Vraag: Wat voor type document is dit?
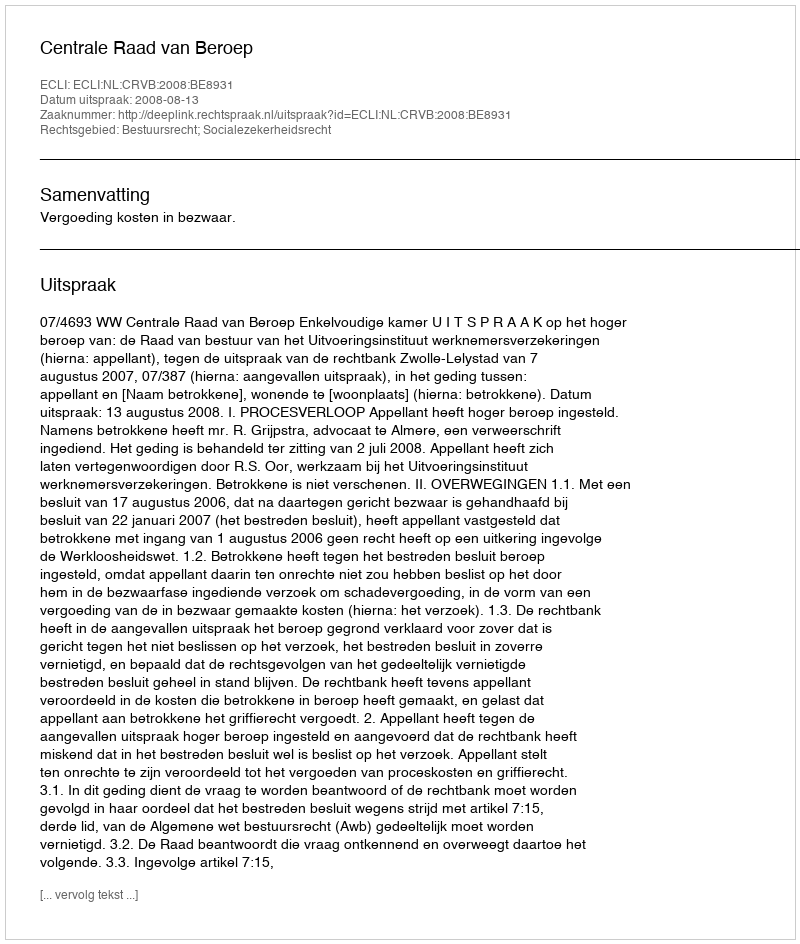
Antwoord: Uitspraak